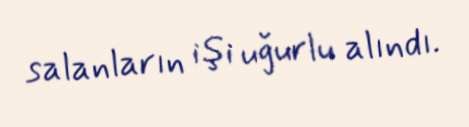
salanların işi uğurlu alındı.